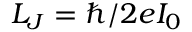
L _ { J } = \hbar / 2 e I _ { 0 }